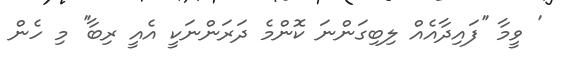
' ވީމާ ''ފައިދާއެއް ލިބިގަންނަ ކޮންމެ ދަރަންނަކީ އެއީ ރިބާ'' މި ހެން